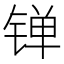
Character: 𬭙